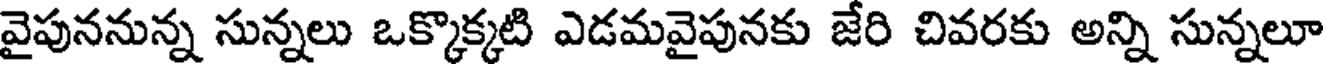
వైపుననున్న సున్నలు ఒక్కొక్కటి ఎడమవైపునకు జేరి చివరకు అన్ని సున్నలూ